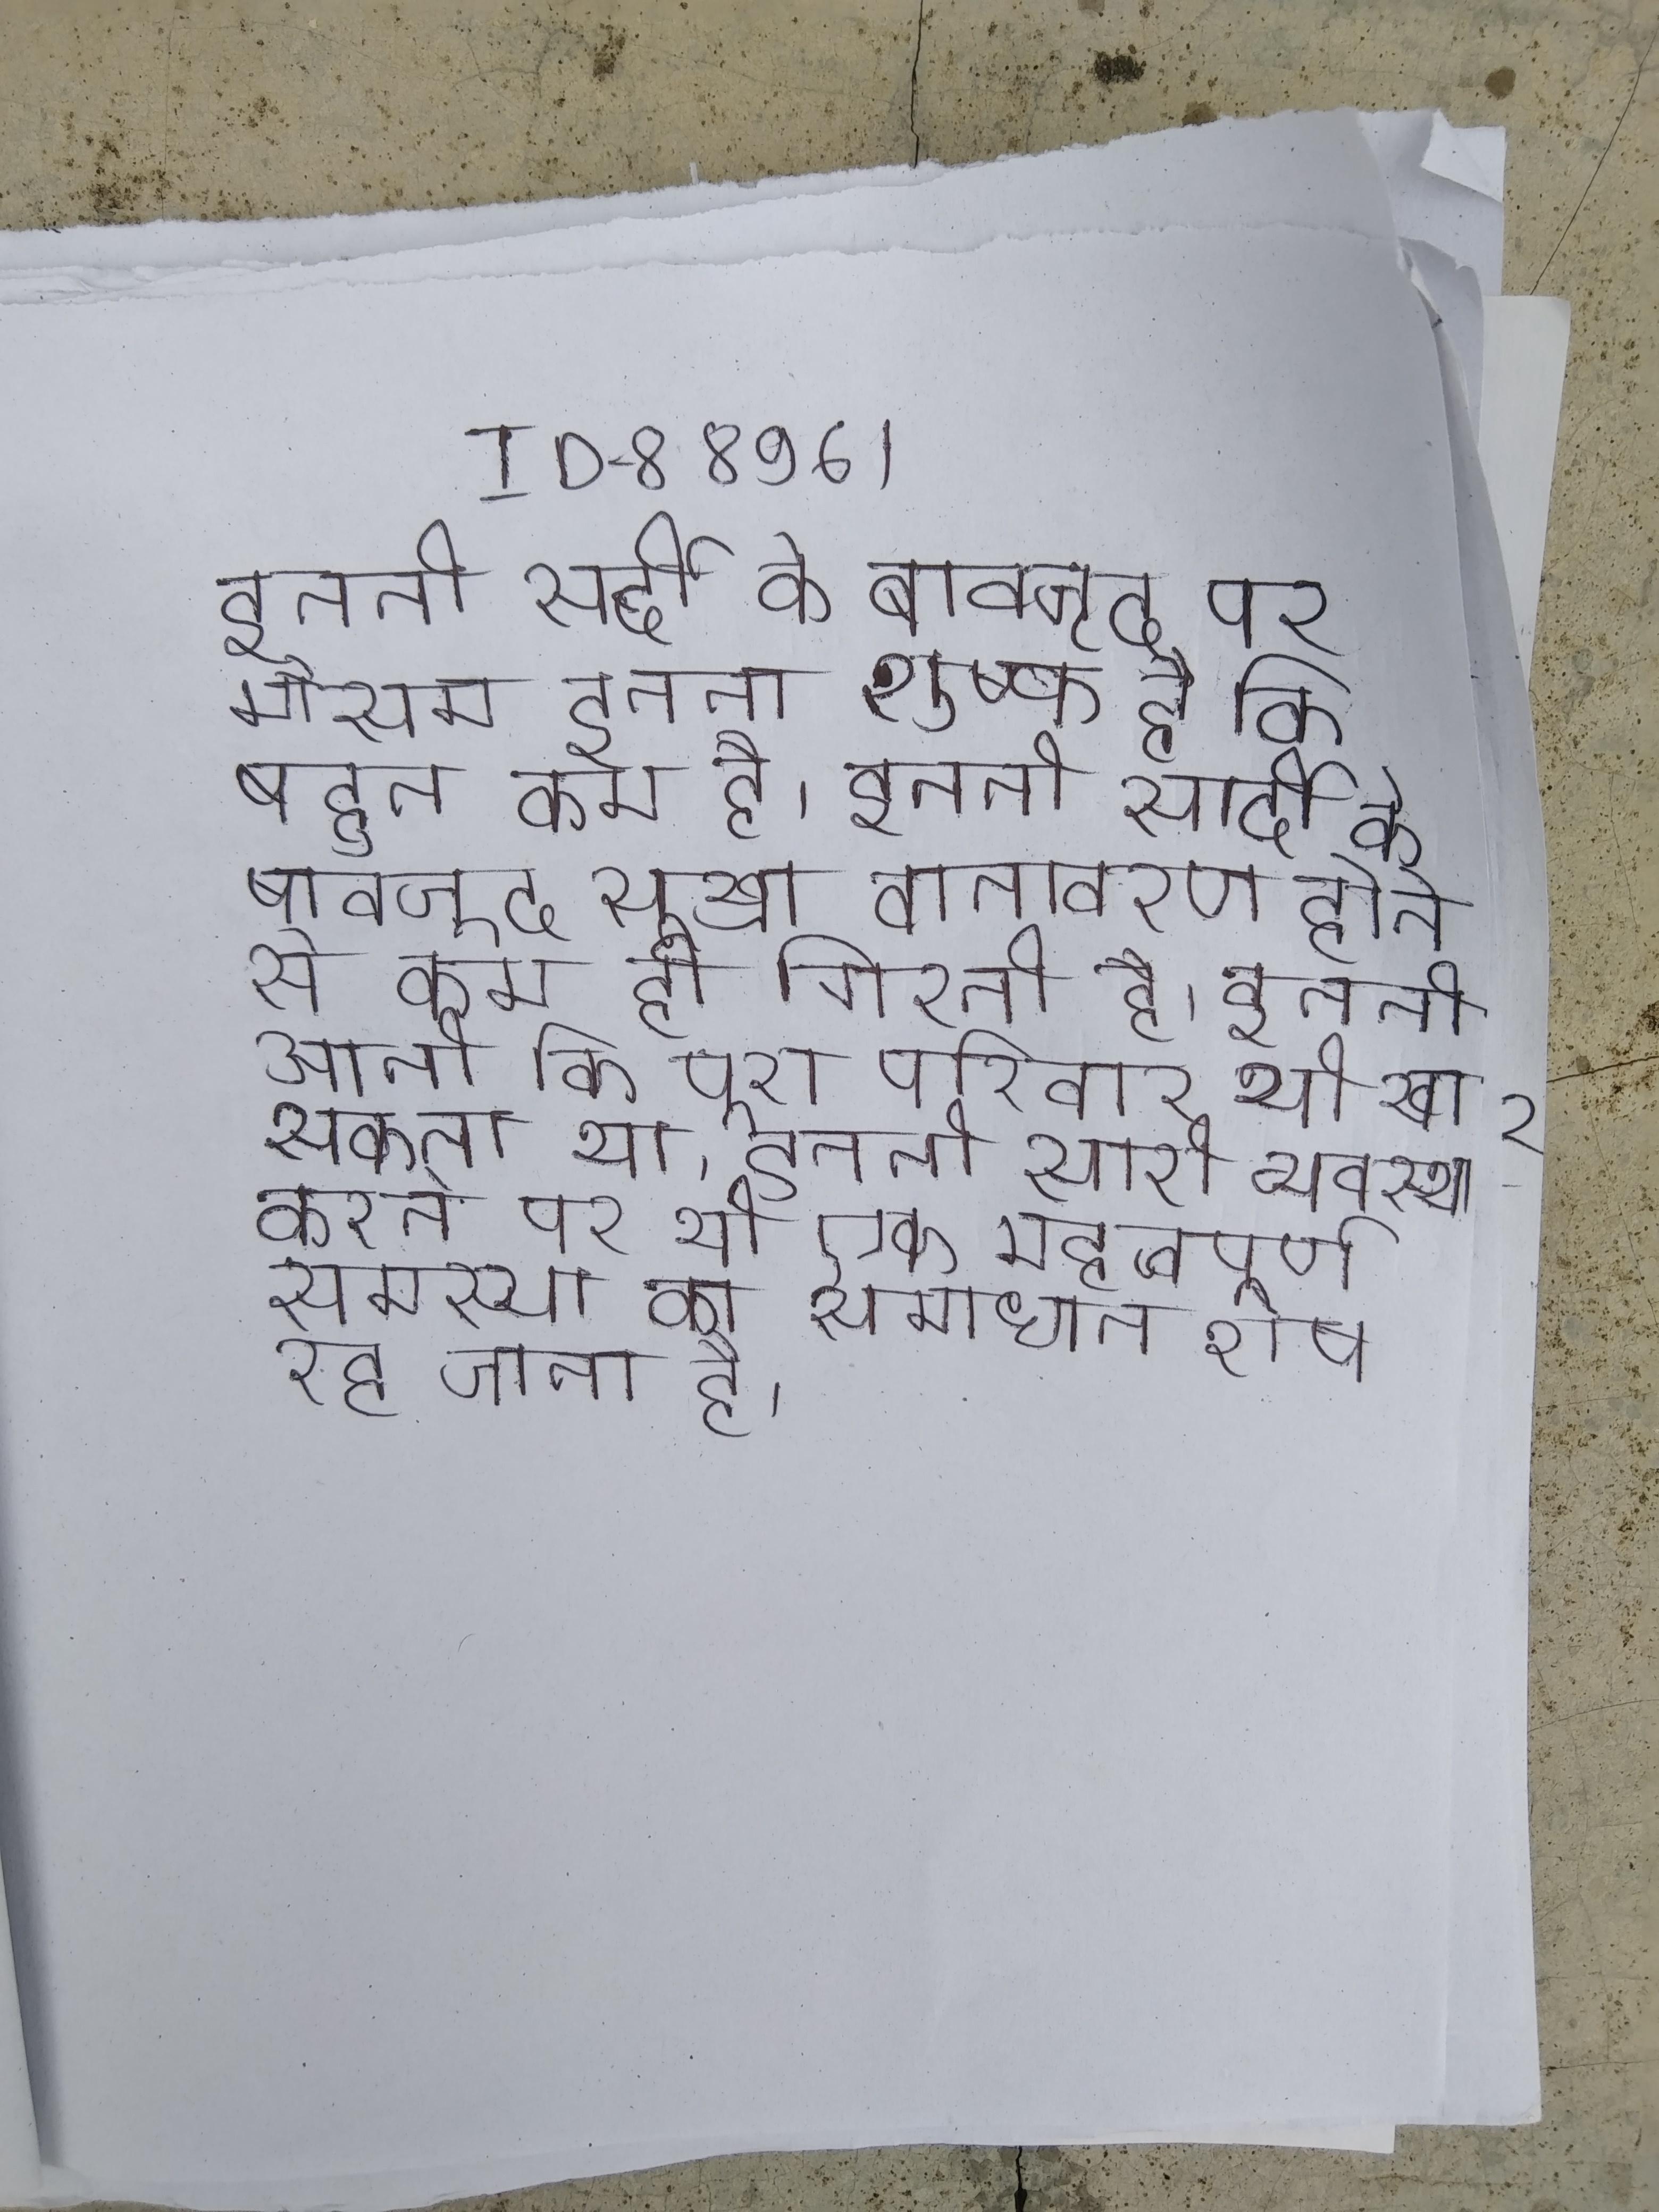
इतनी सर्दी के बावजूद पर मौसम इतना शुष्क है कि बहुत कम है । इतनी सर्दी के बावजूद सूखा वातावरण होने से कम ही गिरती है । इतनी आती कि पूरा परिवार भी खा सकता था । इतनी सारी व्यवस्था करने पर भी एक महत्वपूर्ण समस्या का समाधान शेष रह जाता है ।